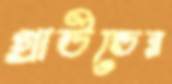
গ্রাউন্ডের